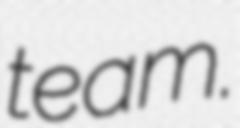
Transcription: team.